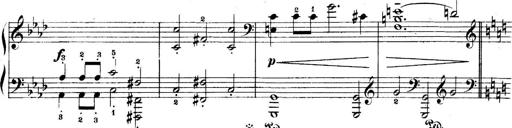
Title: 5 Sonatinas
Composer: Theodor Kirchner